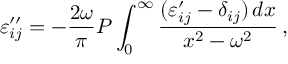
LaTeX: \varepsilon _ { i j } ^ { \prime \prime } = - { \frac { 2 \omega } { \pi } } { \cal P } \int _ { 0 } ^ { \infty } { \frac { ( \varepsilon _ { i j } ^ { \prime } - \delta _ { i j } ) \, d x } { x ^ { 2 } - \omega ^ { 2 } } } \, ,